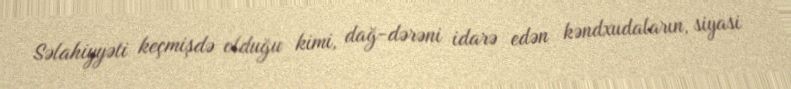
Səlahiyyəti keçmişdə olduğu kimi, dağ-dərəni idarə edən kəndxudaların, siyasi